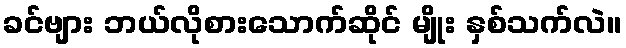
ခင်ဗျား ဘယ်လိုစားသောက်ဆိုင် မျိုး နှစ်သက်လဲ။